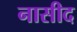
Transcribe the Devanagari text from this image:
नासीद